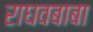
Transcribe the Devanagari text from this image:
राघवबाबा